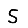
Digit: 5